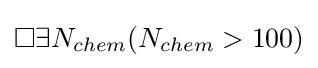
\Box \exists {N_{chem}}(N_{chem}>100)